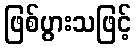
ဖြစ်ပွားသဖြင့်